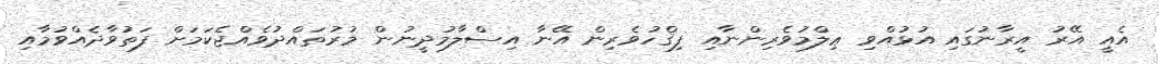
އެއީ އޭރު އީރާނުގައި އުޅުއްވި ޢިލްމުވެރިންނާއި ފިޤްހުވެރިން އޭނާ އިސްލާމުދީނުން މުރުތައްދުވެއްޖެކަމަށް ފަތުވާދެއްވުމާއި